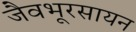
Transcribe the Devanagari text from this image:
जैवभूरसायन